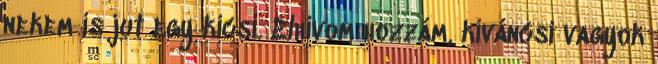
nekem is jut egy kicsi. Elhívom hozzám, kíváncsi vagyok